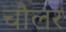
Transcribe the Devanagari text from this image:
चौलर